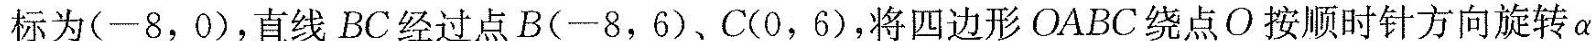
标为(-8，0)，直线BC经过点B(-8，6)、C(0，6)，将四边形OABC绕点O按顺时针方向旋转\alpha